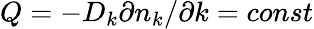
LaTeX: Q=-D_{k}\partial n_{k}/\partial k=const